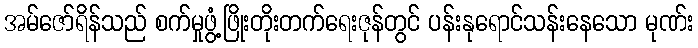
အမ်ဇော်ရိန်သည် စက်မှုဖွံ့ဖြိုးတိုးတက်ရေးဇုန်တွင် ပန်းနုရောင်သန်းနေသော မုဏ်း